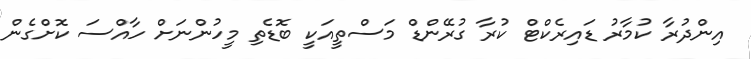
އިންދުރާ ކުމާރު ޑައިރެކްޓް ކުރާ ގުރޭންޑް މަސްތީއަކީ ބޮޑެތި މީހުންނަށް ހާއްސަ ކޮށްގެން